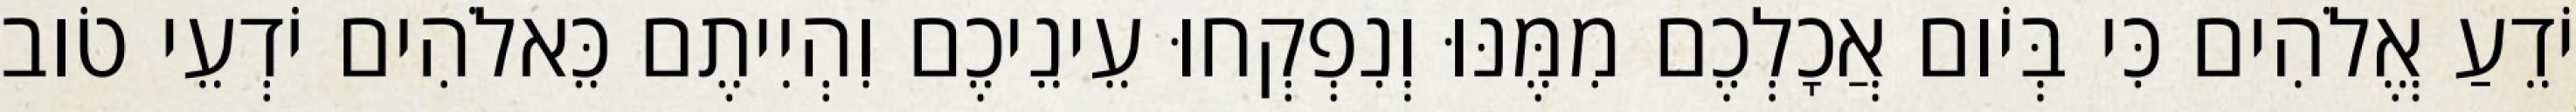
יֹדֵעַ אֱלֹהִים כִּי בְּיֹום אֲכָלְכֶם מִמֶּנּוּ וְנִפְקְחוּ עֵינֵיכֶם וִהְיִיתֶם כֵּאלֹהִים יֹדְעֵי טֹוב